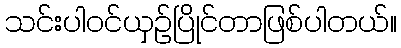
သင်းပါဝင်ယှဉ်ပြိုင်တာဖြစ်ပါတယ်။